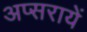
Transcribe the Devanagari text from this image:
अप्सरायें